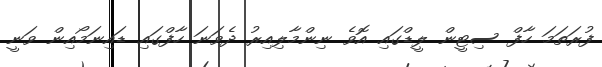
ފުރަތަމަ ހާފް ސިޓީން ލީޑްގައި އޮވެ ނިންމާލިއިރު ދެވަނަ ހާފްގައި ޑައިނަމޯއިން ވަނީ